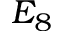
E _ { 8 }